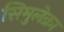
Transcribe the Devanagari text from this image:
सिमुलेक्रा